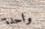
واحدة